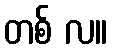
တစ် လ။